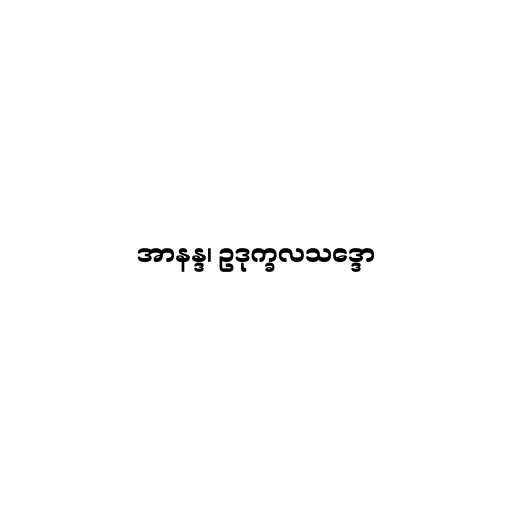
အာနန္ဒ၊ ဥဒုက္ခလသဒ္ဒော